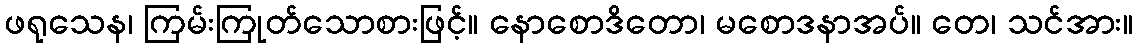
ဖရုသေန၊ ကြမ်းကြုတ်သောစားဖြင့်။ နောစောဒိတော၊ မစောဒနာအပ်။ တေ၊ သင်အား။